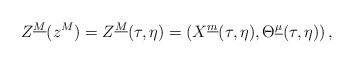
\begin{align*}Z^{\underline M}(z^M)=Z^{\underline M}(\tau,\eta)=\left(X^{\underline m}(\tau,\eta),\Theta^{\underline\mu}(\tau,\eta)\right),\end{align*}